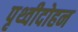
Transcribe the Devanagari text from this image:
पृथ्वीदोहन